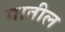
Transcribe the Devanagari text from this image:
गातील